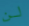
لن